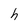
Character: h